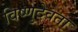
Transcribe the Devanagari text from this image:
विष्णुदेवता